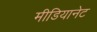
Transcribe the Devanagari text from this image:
मीडियानेट